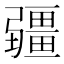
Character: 疆